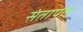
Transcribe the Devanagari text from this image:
संतापते